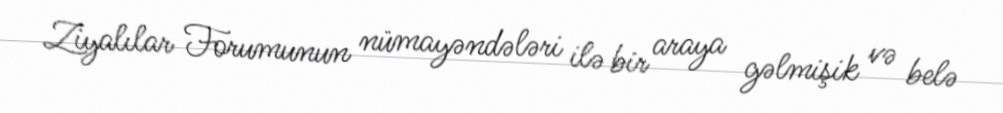
Ziyalılar Forumunun nümayəndələri ilə bir araya gəlmişik və belə